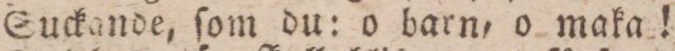
Suckande, ſom du: o barn, o maka!